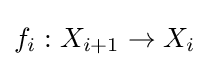
f_{i}:X_{i+1}\to X_{i}